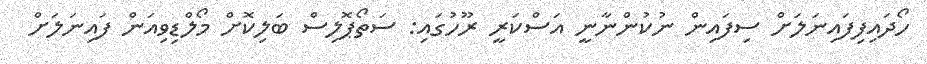
ހޯދައިފިފައިނަލަށް ސިފައިން ނުކުންނާނީ އަސްކަރީ ރޫހުގައި: ސަތޯޕޮލިސް ބަލިކޮށް މޯލްޑިވިއަން ފައިނަލަށް